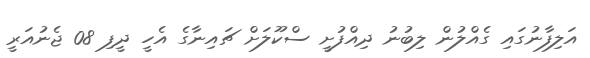
އަލިފާނުގައި ގެއްލުން ލިބުނު ދިއްފުށީ ސްކޫލަށް ޗައިނާގެ އެހީ ދީފި 08 ޖެނުއަރީ